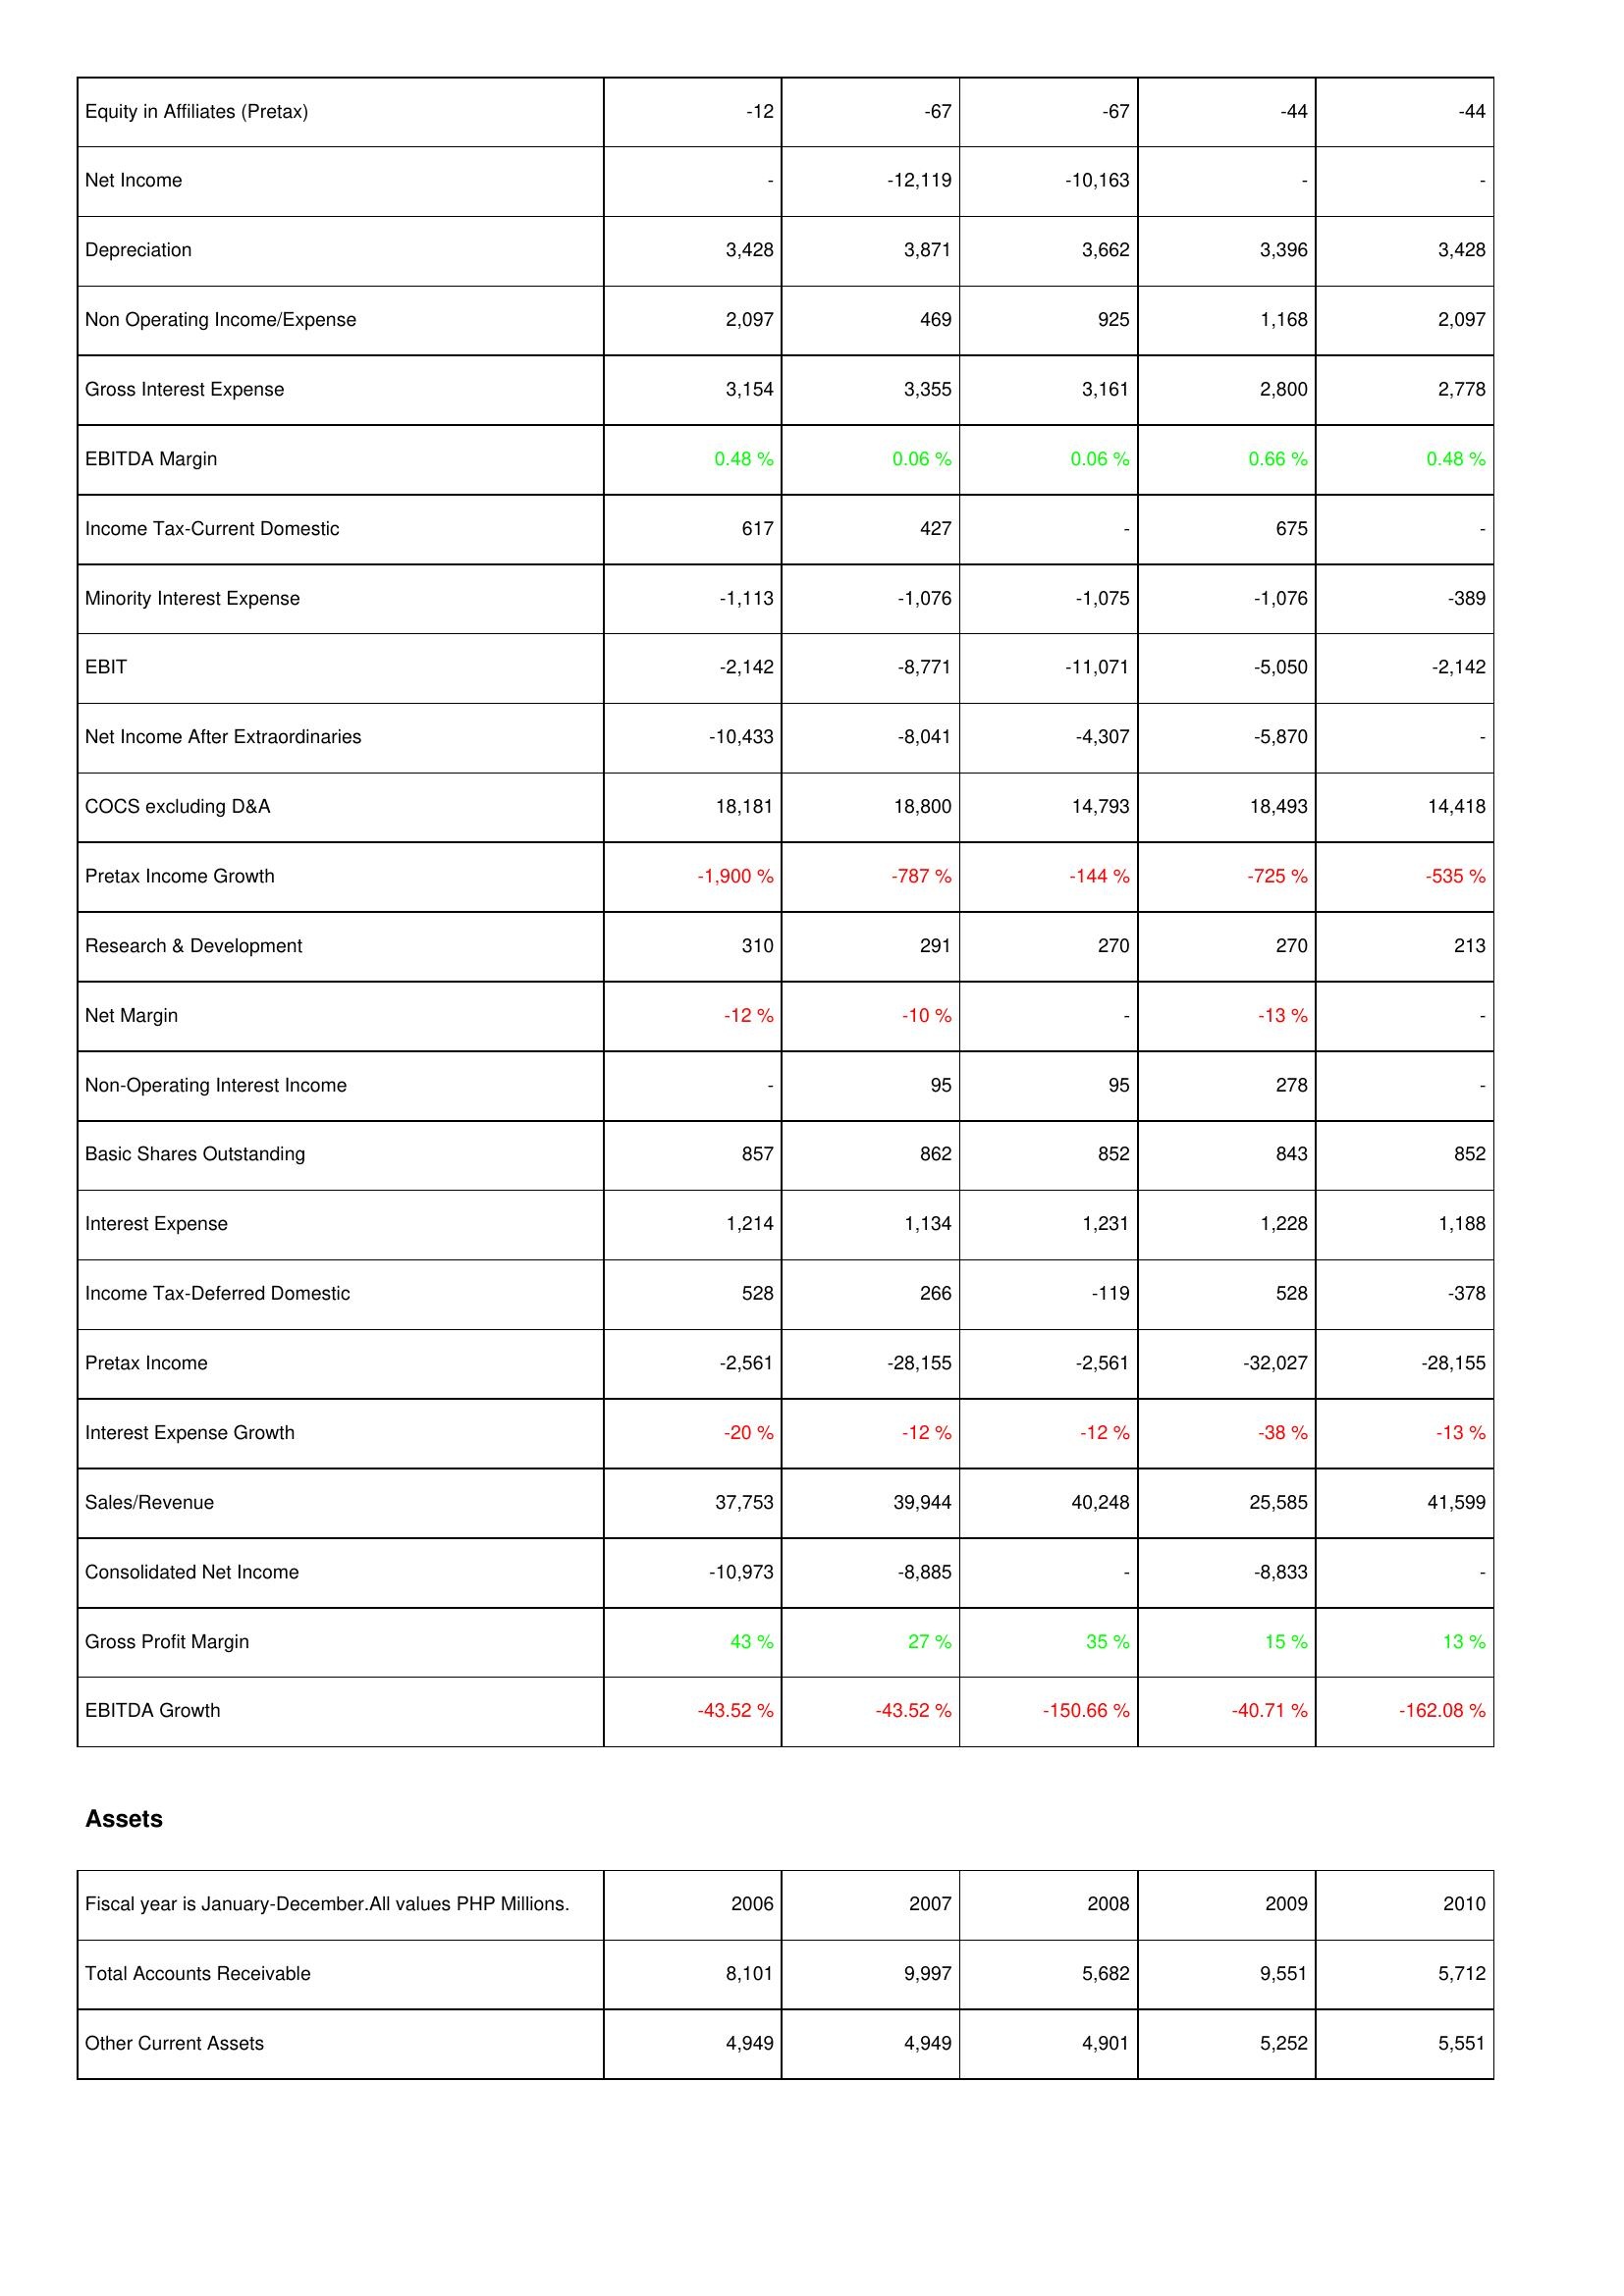
2006: Income Statement: Equity in Affiliates (Pretax): -12
Net Income: -
Depreciation: 3,428
Non Operating Income/Expense: 2,097
Gross Interest Expense: 3,154
EBITDA Margin: 0.48 %
Income Tax-Current Domestic: 617
Minority Interest Expense: -1,113
EBIT: -2,142
Net Income After Extraordinaries: -10,433
COCS excluding D&A: 18,181
Pretax Income Growth: -1,900 %
Research & Development: 310
Net Margin: -12 %
Non-Operating Interest Income: -
Basic Shares Outstanding: 857
Interest Expense: 1,214
Income Tax-Deferred Domestic: 528
Pretax Income: -2,561
Interest Expense Growth: -20 %
Sales/Revenue: 37,753
Consolidated Net Income: -10,973
Gross Profit Margin: 43 %
EBITDA Growth: -43.52 %
Assets: Total Accounts Receivable: 8,101
Other Current Assets: 4,949
2007: Income Statement: Equity in Affiliates (Pretax): -67
Net Income: -12,119
Depreciation: 3,871
Non Operating Income/Expense: 469
Gross Interest Expense: 3,355
EBITDA Margin: 0.06 %
Income Tax-Current Domestic: 427
Minority Interest Expense: -1,076
EBIT: -8,771
Net Income After Extraordinaries: -8,041
COCS excluding D&A: 18,800
Pretax Income Growth: -787 %
Research & Development: 291
Net Margin: -10 %
Non-Operating Interest Income: 95
Basic Shares Outstanding: 862
Interest Expense: 1,134
Income Tax-Deferred Domestic: 266
Pretax Income: -28,155
Interest Expense Growth: -12 %
Sales/Revenue: 39,944
Consolidated Net Income: -8,885
Gross Profit Margin: 27 %
EBITDA Growth: -43.52 %
Assets: Total Accounts Receivable: 9,997
Other Current Assets: 4,949
2008: Income Statement: Equity in Affiliates (Pretax): -67
Net Income: -10,163
Depreciation: 3,662
Non Operating Income/Expense: 925
Gross Interest Expense: 3,161
EBITDA Margin: 0.06 %
Income Tax-Current Domestic: -
Minority Interest Expense: -1,075
EBIT: -11,071
Net Income After Extraordinaries: -4,307
COCS excluding D&A: 14,793
Pretax Income Growth: -144 %
Research & Development: 270
Net Margin: -
Non-Operating Interest Income: 95
Basic Shares Outstanding: 852
Interest Expense: 1,231
Income Tax-Deferred Domestic: -119
Pretax Income: -2,561
Interest Expense Growth: -12 %
Sales/Revenue: 40,248
Consolidated Net Income: -
Gross Profit Margin: 35 %
EBITDA Growth: -150.66 %
Assets: Total Accounts Receivable: 5,682
Other Current Assets: 4,901
2009: Income Statement: Equity in Affiliates (Pretax): -44
Net Income: -
Depreciation: 3,396
Non Operating Income/Expense: 1,168
Gross Interest Expense: 2,800
EBITDA Margin: 0.66 %
Income Tax-Current Domestic: 675
Minority Interest Expense: -1,076
EBIT: -5,050
Net Income After Extraordinaries: -5,870
COCS excluding D&A: 18,493
Pretax Income Growth: -725 %
Research & Development: 270
Net Margin: -13 %
Non-Operating Interest Income: 278
Basic Shares Outstanding: 843
Interest Expense: 1,228
Income Tax-Deferred Domestic: 528
Pretax Income: -32,027
Interest Expense Growth: -38 %
Sales/Revenue: 25,585
Consolidated Net Income: -8,833
Gross Profit Margin: 15 %
EBITDA Growth: -40.71 %
Assets: Total Accounts Receivable: 9,551
Other Current Assets: 5,252
2010: Income Statement: Equity in Affiliates (Pretax): -44
Net Income: -
Depreciation: 3,428
Non Operating Income/Expense: 2,097
Gross Interest Expense: 2,778
EBITDA Margin: 0.48 %
Income Tax-Current Domestic: -
Minority Interest Expense: -389
EBIT: -2,142
Net Income After Extraordinaries: -
COCS excluding D&A: 14,418
Pretax Income Growth: -535 %
Research & Development: 213
Net Margin: -
Non-Operating Interest Income: -
Basic Shares Outstanding: 852
Interest Expense: 1,188
Income Tax-Deferred Domestic: -378
Pretax Income: -28,155
Interest Expense Growth: -13 %
Sales/Revenue: 41,599
Consolidated Net Income: -
Gross Profit Margin: 13 %
EBITDA Growth: -162.08 %
Assets: Total Accounts Receivable: 5,712
Other Current Assets: 5,551